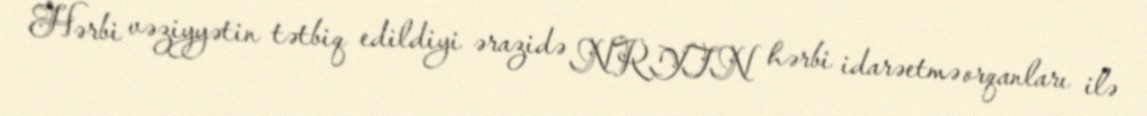
Hərbi vəziyyətin tətbiq edildiyi ərazidə NRYTN hərbi idarəetmə orqanları ilə